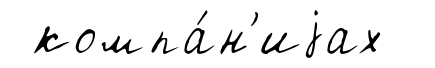
компа́н'иjах